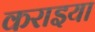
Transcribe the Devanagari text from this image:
कराइया